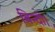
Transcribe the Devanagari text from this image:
बिन्दी।